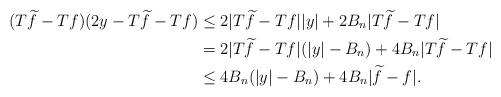
LaTeX: \begin{align*}(T\widetilde{f}-Tf)(2y-T\widetilde{f}-Tf) & \leq 2|T\widetilde{f}-Tf||y| + 2B_n|T\widetilde{f}-Tf| \\& = 2|T\widetilde{f}-Tf|(|y|-B_n) + 4B_n|T\widetilde{f}-Tf| \\& \leq 4B_n(|y|-B_n) + 4B_n|\widetilde{f}-f|.\end{align*}